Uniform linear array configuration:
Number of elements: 24
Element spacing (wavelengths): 0.25
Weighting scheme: hamming
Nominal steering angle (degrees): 15
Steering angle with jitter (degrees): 16.234
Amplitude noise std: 0.05
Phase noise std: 0.05

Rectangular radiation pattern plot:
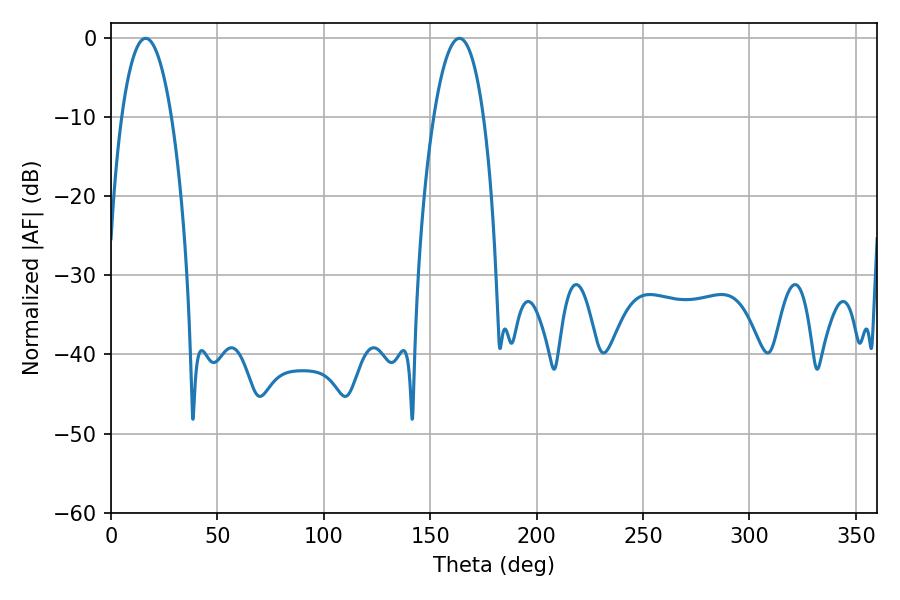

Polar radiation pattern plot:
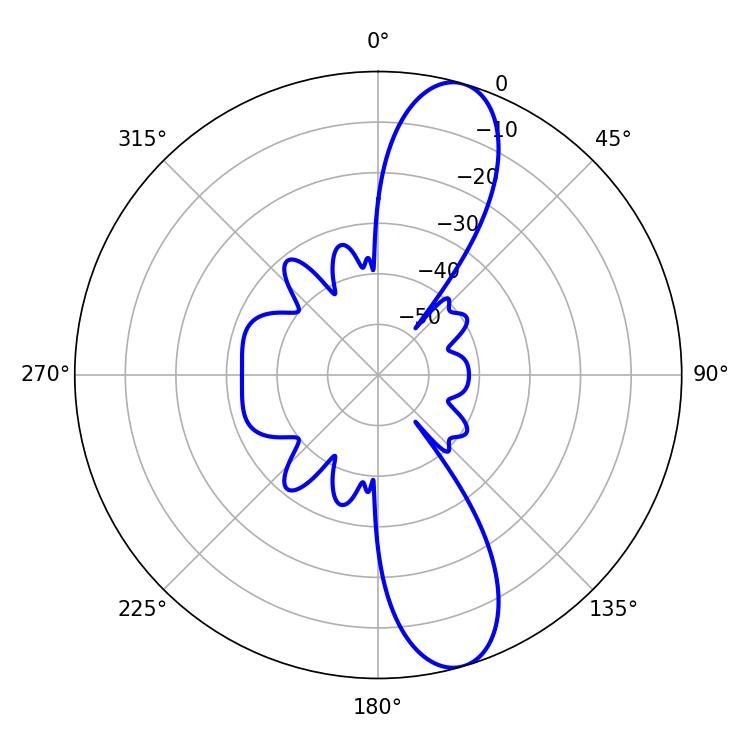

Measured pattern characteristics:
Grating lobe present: FALSE
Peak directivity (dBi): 11.662
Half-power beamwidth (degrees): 12.96
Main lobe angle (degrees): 16.2